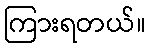
ကြားရတယ်။